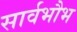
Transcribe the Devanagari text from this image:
सार्वभौभ